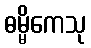
ဓမ္မိကေသု